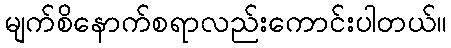
မျက်စိနောက်စရာလည်းကောင်းပါတယ်။